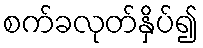
စက်ခလုတ်နှိပ်၍